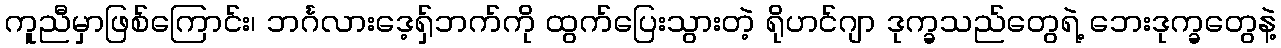
ကူညီမှာဖြစ်ကြောင်း၊ ဘင်္ဂလားဒေ့ရှ်ဘက်ကို ထွက်ပြေးသွားတဲ့ ရိုဟင်ဂျာ ဒုက္ခသည်တွေရဲ့ ဘေးဒုက္ခတွေနဲ့